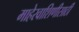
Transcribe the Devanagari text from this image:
माहेरवाशिणीसाठी